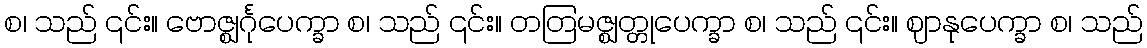
စ၊ သည် ၎င်း။ ဗောဇ္ဈင်္ဂုပေက္ခာ စ၊ သည် ၎င်း။ တတြမဇ္ဈတ္တုပေက္ခာ စ၊ သည် ၎င်း။ ဈာနုပေက္ခာ စ၊ သည်